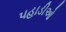
પહાડીઓ